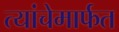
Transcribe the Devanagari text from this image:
त्यांचेमार्फत